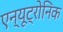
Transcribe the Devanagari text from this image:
एन्यूट्रोनिक